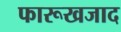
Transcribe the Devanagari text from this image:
फारूखजाद